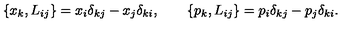
\{ x _ { k } , L _ { i j } \} = x _ { i } \delta _ { k j } - x _ { j } \delta _ { k i } , \qquad \{ p _ { k } , L _ { i j } \} = p _ { i } \delta _ { k j } - p _ { j } \delta _ { k i } .